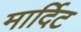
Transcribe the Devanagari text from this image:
मार्दिट